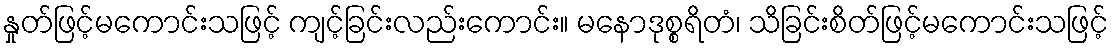
နှုတ်ဖြင့်မကောင်းသဖြင့် ကျင့်ခြင်းလည်းကောင်း။ မနောဒုစ္စရိတံ၊ သိခြင်းစိတ်ဖြင့်မကောင်းသဖြင့်